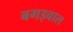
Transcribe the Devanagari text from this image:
बगड़वाल